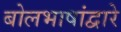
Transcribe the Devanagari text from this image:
बोलभाषांद्वारे